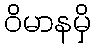
ဝိမာနမှိ